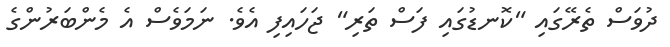
ދުވަސް ތެރޭގައި "ކޮނޑުގައި ފަސް ތަރި" ޖަހައިފި އެވެ. ނަމަވެސް އެ މެންބަރުންގެ